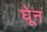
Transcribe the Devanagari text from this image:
घेून